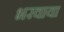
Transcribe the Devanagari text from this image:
भरवाया